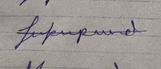
Signature authenticity: forged